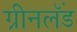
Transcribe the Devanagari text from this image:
ग्रीनलॅंड